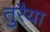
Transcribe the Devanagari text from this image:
तुरैया